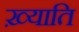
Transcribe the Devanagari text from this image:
ख़्याति